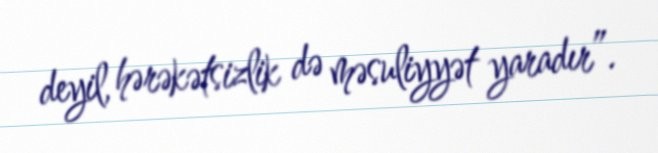
deyil, hərəkətsizlik də məsuliyyət yaradır”.